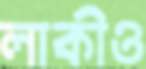
লাকীও